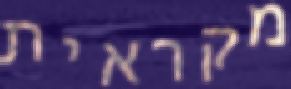
מקראית